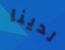
لدينا